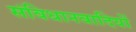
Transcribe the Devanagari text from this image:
संविधानवादियों